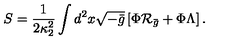
S = { \frac { 1 } { 2 \kappa _ { 2 } ^ { 2 } } } \int d ^ { 2 } x \sqrt { - \bar { g } } \left[ \Phi { \cal R } _ { \bar { g } } + \Phi \Lambda \right] .